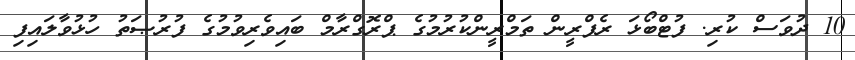
10 ދުވަސް ކުރި. ފުޓްބޯޅަ ރެފްރީން ތަމްރީންކުރުމުގެ ޕްރޮގްރާމް ބައިވެރިވުމުގެ ފުރުޞަތު ހުޅުވާލައިފި